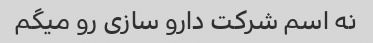
نه اسم شرکت دارو سازی رو میگم